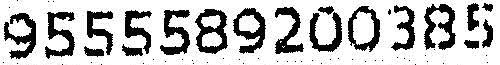
9555589200385